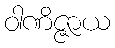
ဝါဏိဇ္ဇာယ